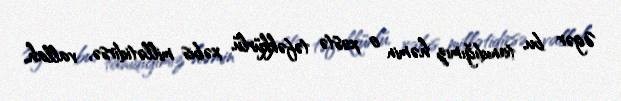
Əgər bu, tanıdığımız həmin o xəstə təfəkkürlü, xəbis millətidirsə, vallah,